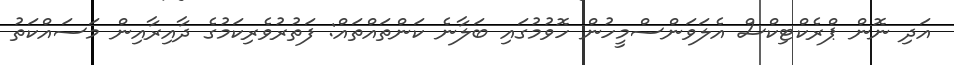
އަދި ނޮން ޕްރެކްޓިކްސް އެލަވަންސްމީހުން ހޮވުމުގައި ބަލާނެ ކަންތައްތައް: ފަތުރުވެރިކަމުގެ ދާއިރާއިން މަސައްކަތު